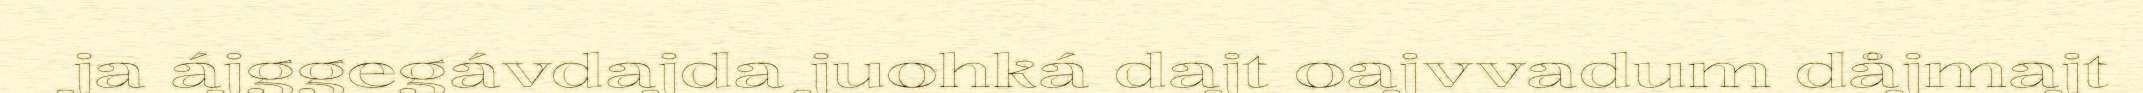
ja ájggegávdajda juohká dajt oajvvadum dåjmajt